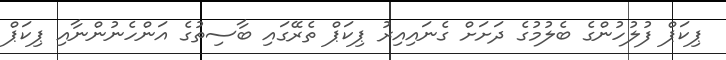
ޕިކަޕް ފުލުހުންގެ ބެލުމުގެ ދަށަށް ގެނައިއިރު ޕިކަޕް ތެރޭގައި ބާސިތުގެ އަންހެނުންނާއި ޕިކަޕް